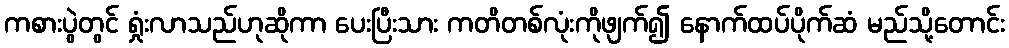
ကစားပွဲတွင် ရှုံးလာသည်ဟုဆိုကာ ပေးပြီးသား ကတိတစ်လုံးကိုဖျက်၍ နောက်ထပ်ပိုက်ဆံ မည်သို့တောင်း